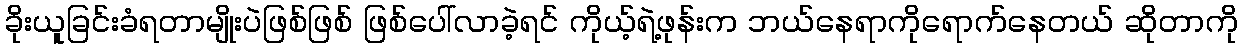
ခိုးယူခြင်းခံရတာမျိုးပဲဖြစ်ဖြစ် ဖြစ်ပေါ်လာခဲ့ရင် ကိုယ့်ရဲ့ဖုန်းက ဘယ်နေရာကိုရောက်နေတယ် ဆိုတာကို